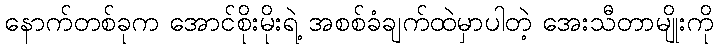
နောက်တစ်ခုက အောင်စိုးမိုးရဲ့ အစစ်ခံချက်ထဲမှာပါတဲ့ အေးသီတာမျိုးကို